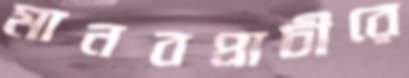
মানবপ্রাচীরে